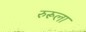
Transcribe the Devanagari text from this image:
रुरूला